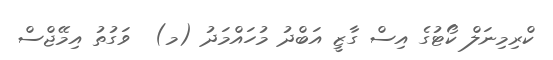
ކްރިމިނަލް ކޯޓުގެ އިސް ގާޒީ އަބްދު މުހައްމަދު (މ)  ވަގުތު އިމޭޖްސް